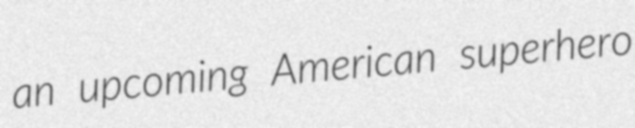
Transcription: an upcoming American superhero